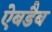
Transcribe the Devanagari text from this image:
ऐबडैब